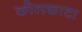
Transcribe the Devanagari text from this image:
कोलकाटा